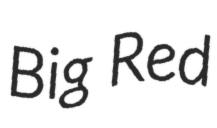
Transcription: Big Red